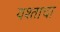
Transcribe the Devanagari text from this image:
यश्ताचा